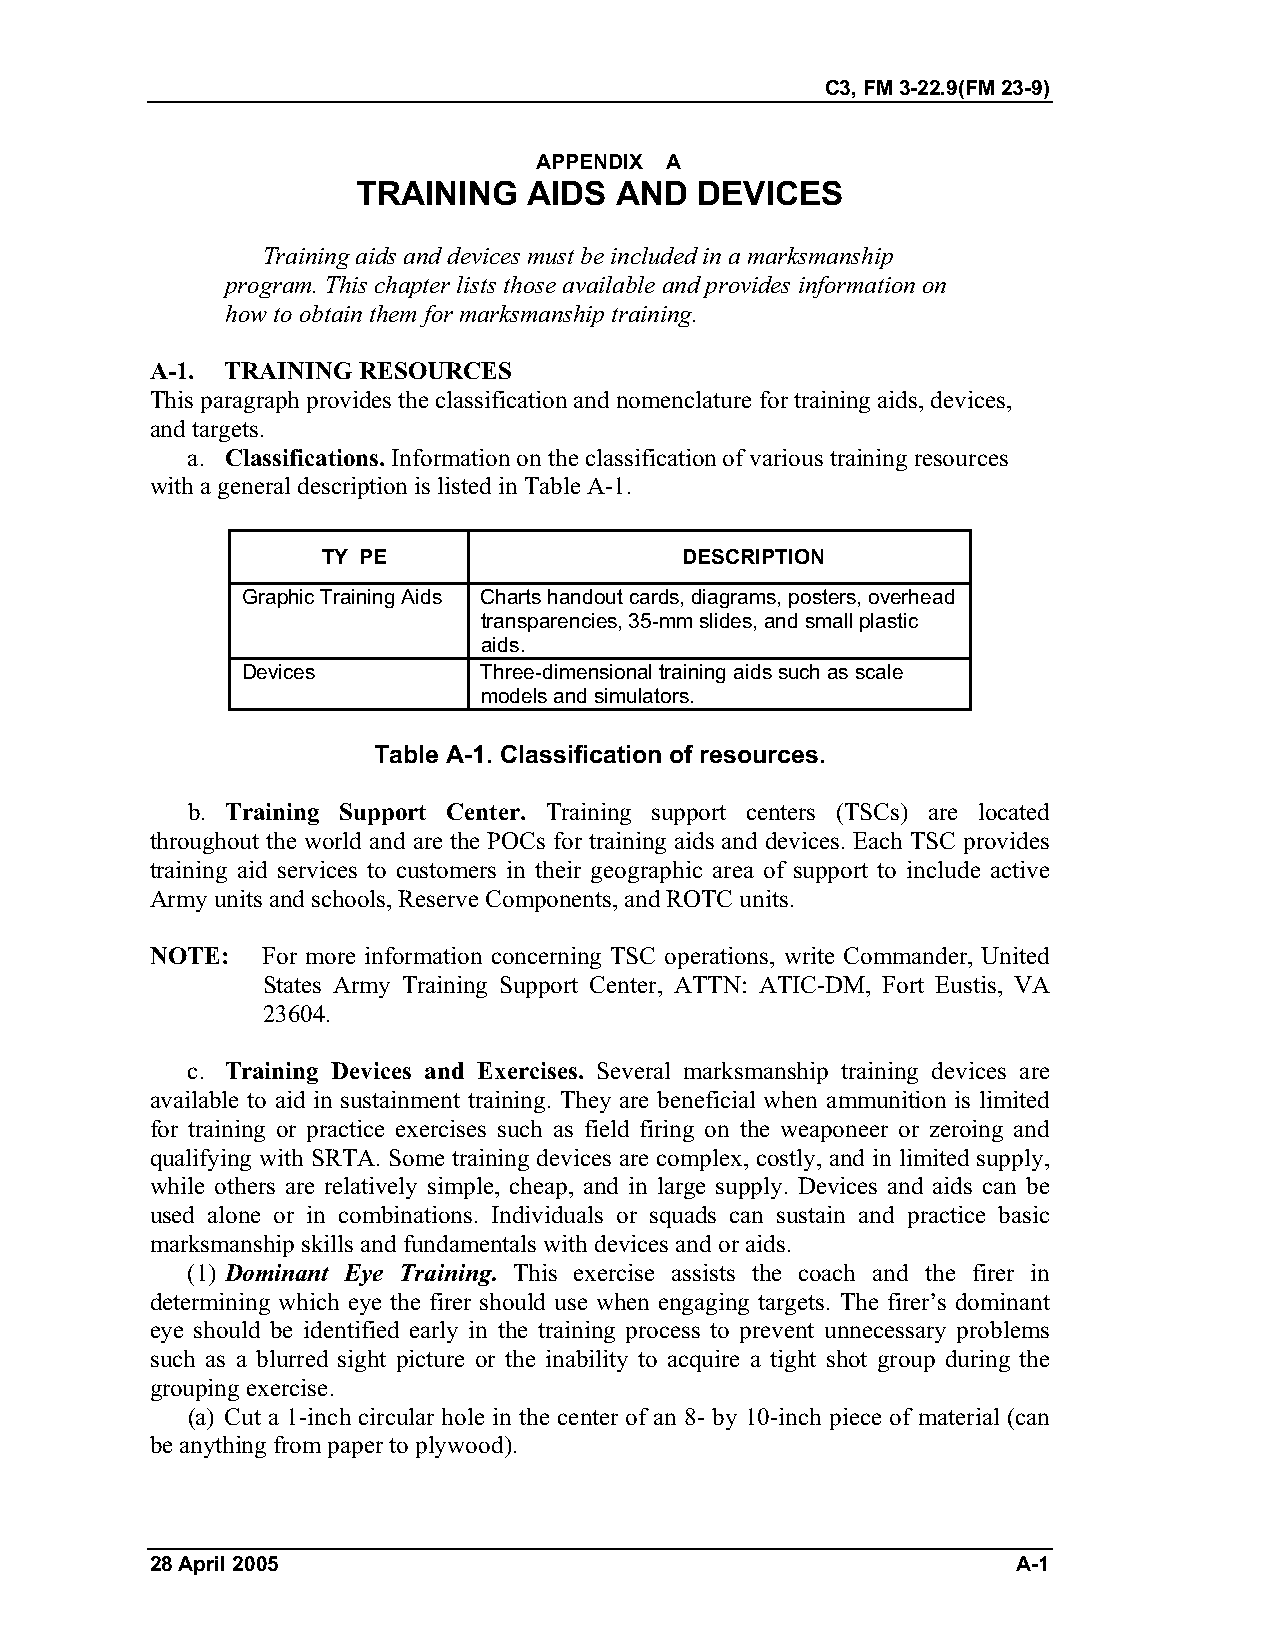
C3, FM 3-22.9(FM 23-9)
 APPENDIX A
 TRAINING   AIDS  AND  DEVICES
 Training aids and devices must be included in a marksmanship
 program. This chapter lists those available and provides information on
 how to obtain them for marksmanship training.
 A-1. TRAINING RESOURCES
 This paragraph provides the classification and nomenclature for training aids, devices,
 and targets.
 a. Classifications. Information on the classification of various training resources
 with a general description is listed in Table A-1.
 TY PE                   DESCRIPTION
 Graphic Training Aids Charts handout cards, diagrams, posters, overhead
 transparencies, 35-mm slides, and small plastic
 aids.
 Devices         Three-dimensional training aids such as scale
 models and simulators.
 Table A-1. Classification of resources.
 b. Training Support Center. Training support centers (TSCs) are located
 throughout the world and are the POCs for training aids and devices. Each TSC provides
 training aid services to customers in their geographic area of support to include active
 Army units and schools, Reserve Components, and ROTC units.
 NOTE:  For more information concerning TSC operations, write Commander, United
 States Army Training Support Center, ATTN: ATIC-DM, Fort Eustis, VA
 23604.
 c. Training Devices and Exercises. Several marksmanship training devices are
 available to aid in sustainment training. They are beneficial when ammunition is limited
 for training or practice exercises such as field firing on the weaponeer or zeroing and
 qualifying with SRTA. Some training devices are complex, costly, and in limited supply,
 while others are relatively simple, cheap, and in large supply. Devices and aids can be
 used alone or in combinations. Individuals or squads can sustain and practice basic
 marksmanship skills and fundamentals with devices and or aids.
 (1) Dominant Eye Training. This exercise assists the coach and the firer in
 determining which eye the firer should use when engaging targets. The firer’s dominant
 eye should be identified early in the training process to prevent unnecessary problems
 such as a blurred sight picture or the inability to acquire a tight shot group during the
 grouping exercise.
 (a) Cut a 1-inch circular hole in the center of an 8- by 10-inch piece of material (can
 be anything from paper to plywood).
 28 April 2005                                            A-1